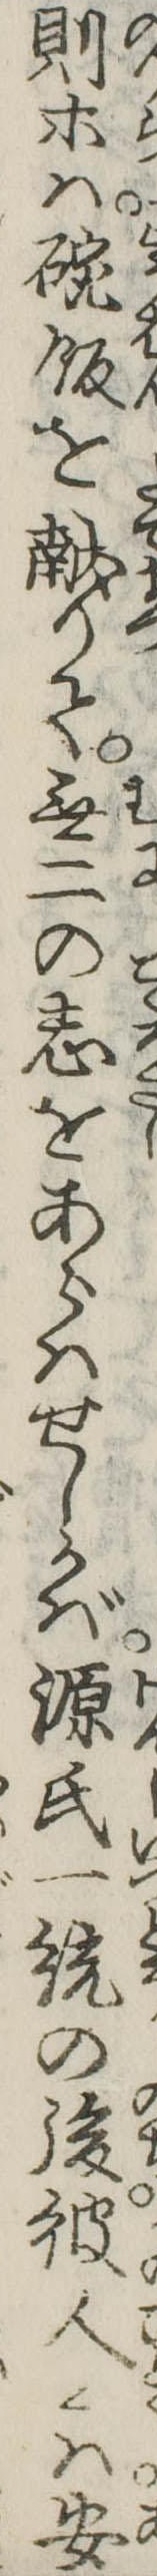
則等は碗飯を献りて無二の志をあらはせしかば源氏一統の後彼人々は安